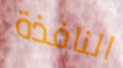
النافذة